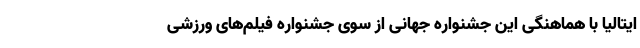
ایتالیا با هماهنگی این جشنواره جهانی از سوی جشنواره فیلم‌های ورزشی